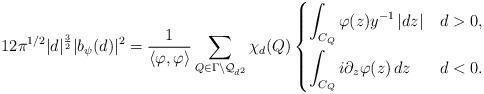
LaTeX: \begin{align*}12\pi^{1/2}|d|^{\frac 32}|b_{\psi}(d)|^2 = \frac{1}{\langle \varphi,\varphi \rangle} \sum_{Q\in \Gamma\backslash\mathcal Q_{d^2}} \chi_d(Q)\begin{dcases}\int_{C_Q} \varphi(z) y^{-1}\, |dz| & d>0,\\\int_{C_Q} i\partial_z \varphi(z) \, dz & d<0.\end{dcases}\end{align*}